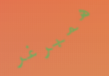
همبرغر